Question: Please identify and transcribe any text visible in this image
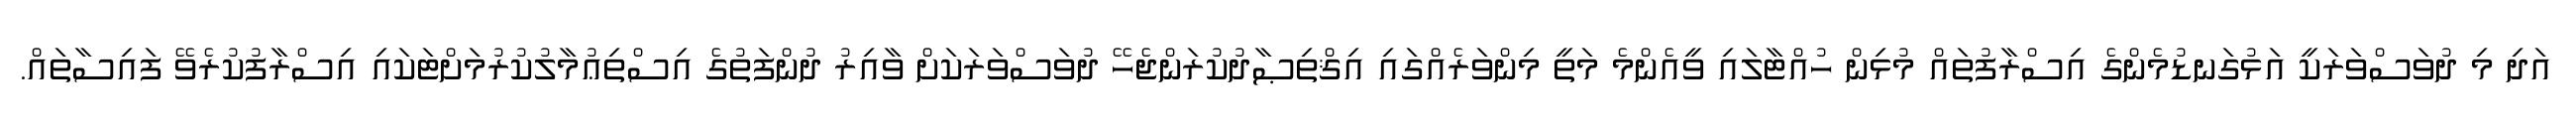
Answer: އަދި މި ދުވަސްވަރަކީ އަޅުގަނޑުމެންގެ އިސްރާފުތައް މުޅިން ހުއްޓާލައި ވީއެންމެ މަތީ މިންވަރެއްގައި އިޤްތިޞާދުކުރަންޖެހޭ ދުވަސްވަރަކަށް ވާއިރު ދުންފަތުގެ އިސްތިޢުމާލުކުރުމަށްޓަކައި އިސްރާފުކުރެވޭ ފައިސާތައް.